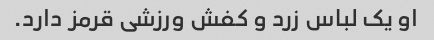
او یک لباس زرد و کفش ورزشی قرمز دارد.